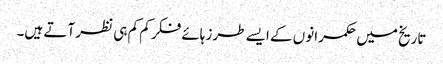
تاریخ میں حکمرانوں کے ایسے طرز ہائے فکر کم کم ہی نظر آتے ہیں۔